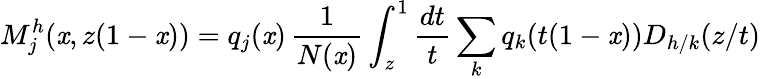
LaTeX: M_{j}^{h}(\mathit{x},z(1-\mathit{x}))=q_{j}(\mathit{x})\, \frac{{1}}{{N(\mathit{x})}}\int_{z}^{1}\frac{{dt}}{{t}}\sum_{k}q_{k}(t(1-\mathit{x}))D_{h/k}(z/t)